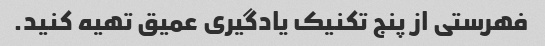
فهرستی از پنج تکنیک یادگیری عمیق تهیه کنید.